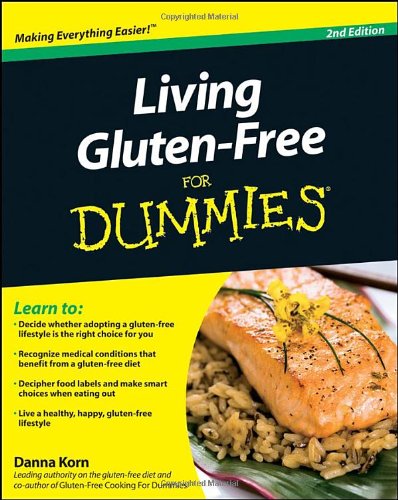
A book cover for Living Gluten-Free For Dummies; Danna Korn; Cookbooks, Food & Wine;